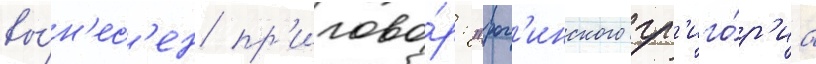
вы́н'ес'ен пр'игово́р: "рог'инского гр'иго́р'иа